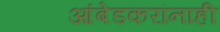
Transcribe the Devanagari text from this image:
आंबेडकरांनाही